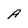
Character: A